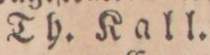
Th. Kall.